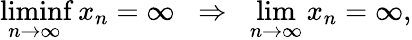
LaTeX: \operatorname*{liminf}_{n\to\infty}x_{n}=\infty\; \; \Rightarrow\; \; \operatorname*{lim}_{n\to\infty}x_{n}=\infty,